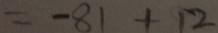
= - 8 1 + 1 2